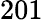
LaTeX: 201